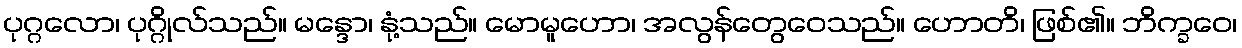
ပုဂ္ဂလော၊ ပုဂ္ဂိုလ်သည်။ မန္ဒော၊ နုံ့သည်။ မောမူဟော၊ အလွန်တွေဝေသည်။ ဟောတိ၊ ဖြစ်၏။ ဘိက္ခဝေ၊